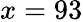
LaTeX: x=93